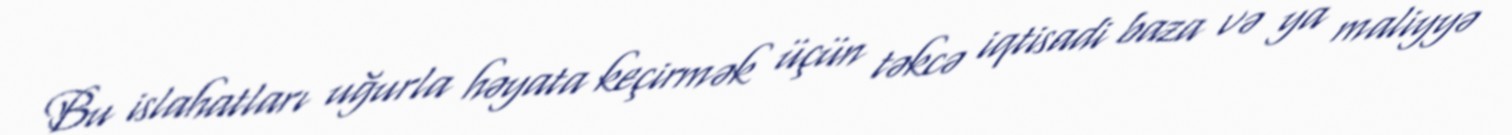
Bu islahatları uğurla həyata keçirmək üçün təkcə iqtisadi baza və ya maliyyə